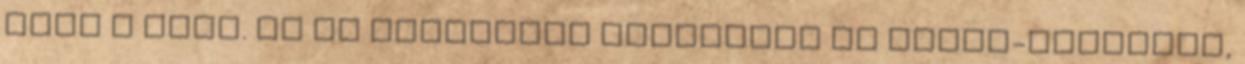
utca a neve. Az új telepesek megkapják az Irtás-földeket,